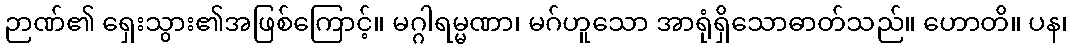
ဉာဏ်၏ ရှေးသွား၏အဖြစ်ကြောင့်။ မဂ္ဂါရမ္မဏာ၊ မဂ်ဟူသော အာရုံရှိသောဓာတ်သည်။ ဟောတိ။ ပန၊